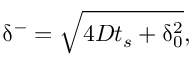
\updelta ^ { - } = \sqrt { 4 D t _ { s } + \updelta _ { 0 } ^ { 2 } } ,